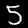
Label: 5